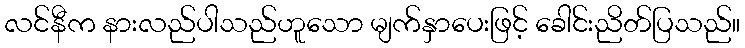
လင်နီက နားလည်ပါသည်ဟူသော မျက်နှာပေးဖြင့် ခေါင်းညိတ်ပြသည်။